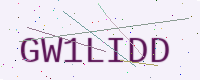
Text: GW1LIDD